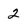
Character: 2